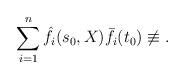
LaTeX: \begin{align*}\sum_{i=1}^n \hat f_i(s_0, X) \bar f_i(t_0) \not\equiv .\end{align*}